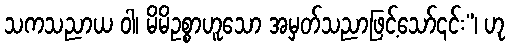
သကသညာယ ဝါ၊ မိမိဥစ္စာဟူသော အမှတ်သညာဖြင့်သော်၎င်း”၊ ဟု